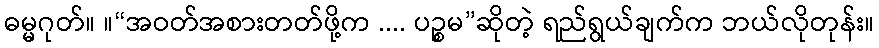
ဓမ္မဂုတ်။ ။“အဝတ်အစားတတ်ဖို့က .... ပဉ္စမ”ဆိုတဲ့ ရည်ရွယ်ချက်က ဘယ်လိုတုန်း။